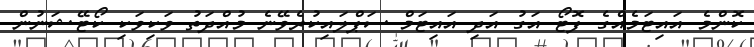
ކޮންމެ އައިޓަމެއްގެ ފޮޓޯ އަގު އަދި އައިޓަމް ސަޕްލައިކުރެވޭނެ މުއްދަތު ވަކިވަކި ކޯޓޭޝަނުން